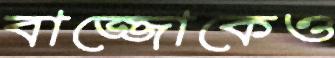
বাজ্জোকেও